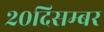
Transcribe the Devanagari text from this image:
२०दिसम्बर